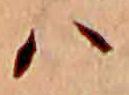
ハ